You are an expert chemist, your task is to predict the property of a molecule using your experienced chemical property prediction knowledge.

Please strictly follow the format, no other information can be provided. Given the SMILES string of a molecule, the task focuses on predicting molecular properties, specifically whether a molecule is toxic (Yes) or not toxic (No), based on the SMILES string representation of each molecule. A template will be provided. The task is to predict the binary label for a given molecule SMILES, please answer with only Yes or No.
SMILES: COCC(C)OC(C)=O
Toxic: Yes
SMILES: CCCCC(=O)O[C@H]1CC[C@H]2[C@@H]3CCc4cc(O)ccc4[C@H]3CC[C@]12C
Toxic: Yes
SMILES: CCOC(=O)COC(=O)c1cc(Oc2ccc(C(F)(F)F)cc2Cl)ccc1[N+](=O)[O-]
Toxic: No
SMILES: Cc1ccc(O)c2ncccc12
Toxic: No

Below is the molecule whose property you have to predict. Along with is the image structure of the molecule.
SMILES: CO[C@H]1C=CO[C@@]2(C)Oc3c(C)c(O)c4c(O)c(c(/C=N/N5CCN(C)CC5)c(O)c4c3C2=O)NC(=O)C(C)=CC=C[C@H](C)[C@H](O)[C@@H](C)[C@@H](O)[C@@H](C)[C@H](OC(C)=O)[C@@H]1C
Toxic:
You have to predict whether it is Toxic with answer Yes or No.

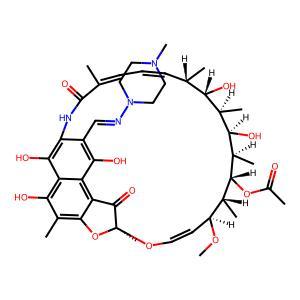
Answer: No